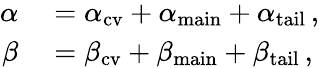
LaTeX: \begin{array}{rl}{\alpha}&{{}=\alpha_{\mathrm{{cv}}}+\alpha_{\mathrm{{main}}}+\alpha_{\mathrm{{tail}}}\, ,}\\ {\beta}&{{}=\beta_{\mathrm{{cv}}}+\beta_{\mathrm{{main}}}+\beta_{\mathrm{{tail}}}\, ,}\end{array}